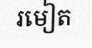
រមៀត